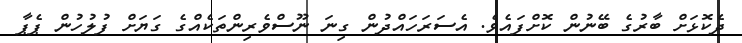
ދެކޮޅަށް ބާރުގެ ބޭނުން ކޮށްފައެވެ. އެސަރަހައްދުން ގިނަ ނޫސްވެރިންތަކެއްގެ ގަޔަށް ފުލުހުން ޕެޕާ